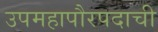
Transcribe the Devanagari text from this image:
उपमहापौरपदाची